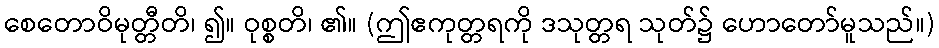
စေတောဝိမုတ္တီတိ၊ ၍။ ဝုစ္စတိ၊ ၏။ (ဤဧကုတ္တရကို ဒသုတ္တရ သုတ်၌ ဟောတော်မူသည်။)